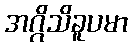
အဂ္ဂိသိခူပမာ